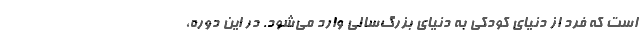
است که فرد از دنیای کودکی به دنیای بزرگ‌سالی وارد می‌شود. در این دوره،